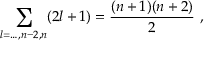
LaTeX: \sum _ { l = \ldots , n - 2 , n } ( 2 l + 1 ) = { \frac { ( n + 1 ) ( n + 2 ) } { 2 } } ~ ,